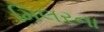
મિલરના